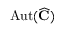
\operatorname { A u t } ( { \widehat { \mathbf { C } } } )